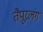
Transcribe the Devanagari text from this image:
तैपूरलंग